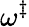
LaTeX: \omega^{\ddagger}